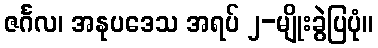
ဇင်္ဂလ၊ အနုပဒေသ အရပ် ၂-မျိုးခွဲပြပုံ။